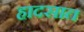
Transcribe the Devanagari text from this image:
हादसात